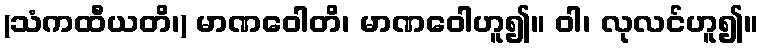
(သံကထီယတိ၊) မာဏဝေါတိ၊ မာဏဝေါဟူ၍။ ဝါ၊ လုလင်ဟူ၍။